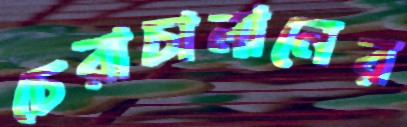
চেরাচালানের